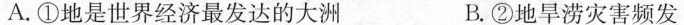
A. ①地是世界经济最发达的大洲 B. ②地旱涝灾害频发